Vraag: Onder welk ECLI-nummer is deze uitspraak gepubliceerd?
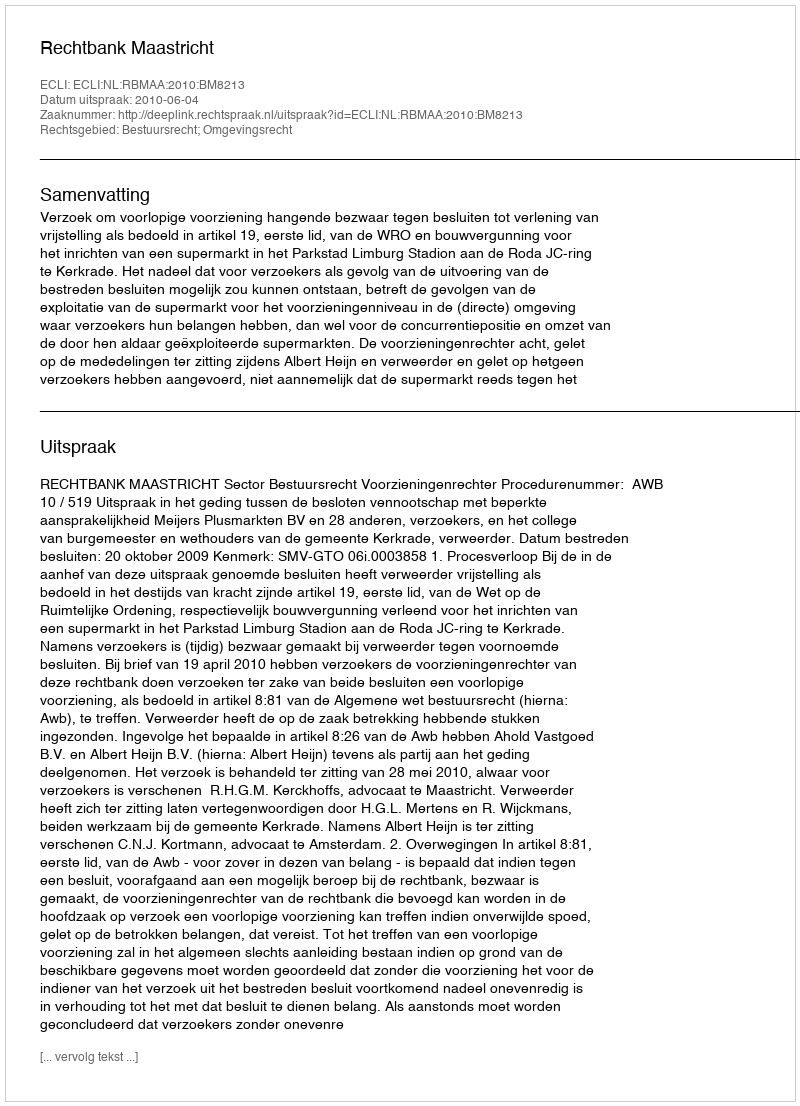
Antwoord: ECLI:NL:RBMAA:2010:BM8213